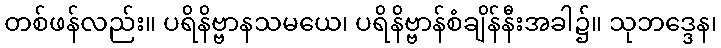
တစ်ဖန်လည်း။ ပရိနိဗ္ဗာနသမယေ၊ ပရိနိဗ္ဗာန်စံချိန်နီးအခါ၌။ သုဘဒ္ဒေန၊